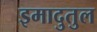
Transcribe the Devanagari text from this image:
इमादुतुल